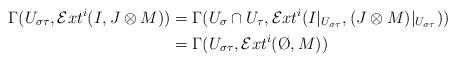
LaTeX: \begin{align*}\Gamma(U_{\sigma\tau}, \mathcal{E}xt^i(I,J\otimes M))& = \Gamma(U_\sigma \cap U_\tau, \mathcal{E}xt^i(I|_{U_{\sigma\tau}},(J\otimes M)|_{U_{\sigma\tau}}))\\& = \Gamma(U_{\sigma\tau}, \mathcal{E}xt^i(\O,M))\end{align*}